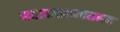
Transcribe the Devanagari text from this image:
महापातकनाशनम्‌